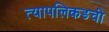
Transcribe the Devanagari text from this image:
त्यापलिकडची